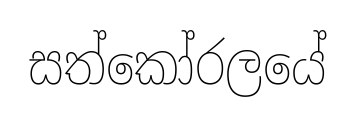
සත්කෝරලයේ